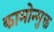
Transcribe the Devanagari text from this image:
कामोन्मुक्त